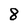
Character: 8